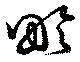
畛